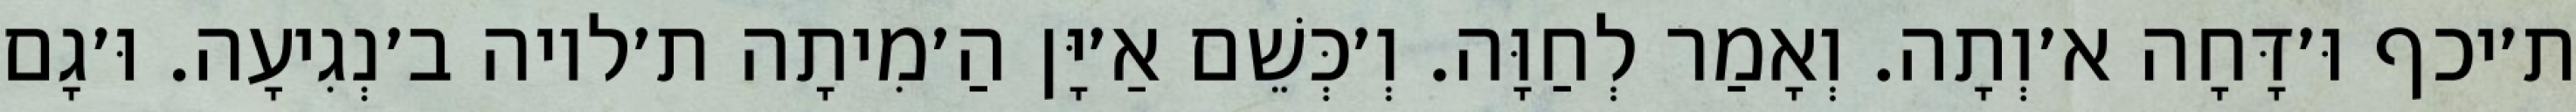
ת׳יכף וּ׳דָּחָה א׳וְתָה. וְאָמַר לְחַוָּה. וְ׳כְּשֵׁם אַ׳יָּן הַ׳מִיתָה ת׳לויה ב׳נְגִיעָה. וּ׳גָם